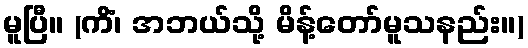
မူပြီ။ (ကိံ၊ အဘယ်သို့ မိန့်တော်မူသနည်း။)